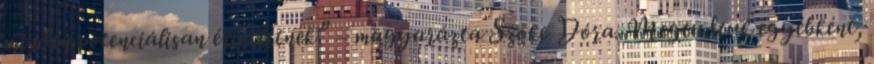
minden potenciálisan érintettnek” – magyarázta Szőke Dóra. Megtudtuk egyébként,